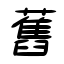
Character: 舊